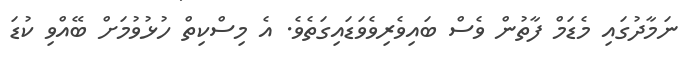
ނަމާދުގައި މެޑަމް ފާތުން ވެސް ބައިވެރިވެވަޑައިގަތެވެ. އެ މިސްކިތް ހުޅުވުމަށް ބޭއްވި ކުޑަ